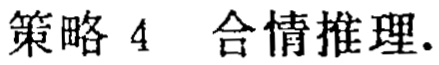
策略 4  合情推理.